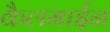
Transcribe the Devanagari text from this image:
कैलमाईन